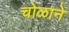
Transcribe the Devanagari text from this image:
चोळाने